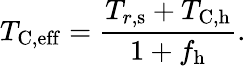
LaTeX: T_{\mathrm{C,eff}}=\frac{T_{r,\mathrm{s}}+T_{\mathrm{C,h}}}{1+f_{\mathrm{h}}}.